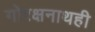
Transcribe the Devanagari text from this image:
गोरक्षनाथही